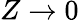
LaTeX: Z\to 0